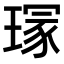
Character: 𤧽